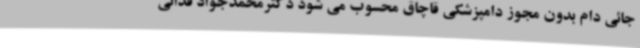
جائی دام بدون مجوز دامپزشکی قاچاق محسوب می شود دکترمحمدجواد فدائی